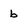
Character: b